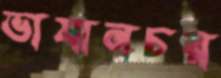
ভাষানচর